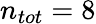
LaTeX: n_{tot}=8